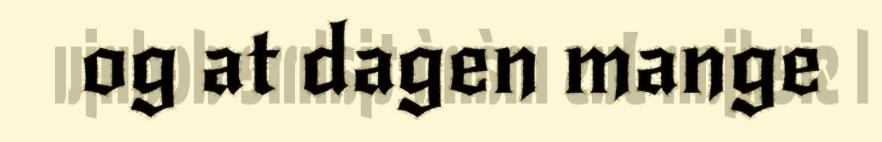
og at dagen mange